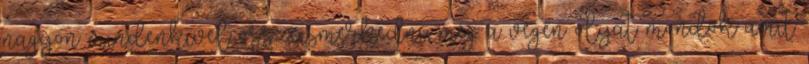
nagyon mindenkivel összeismerkedni, még a végén olyat mondok amit